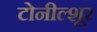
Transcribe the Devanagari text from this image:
टोनील्शूर